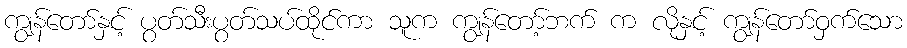
ကျွန်တော်နှင့် ပွတ်သီးပွတ်သပ်ထိုင်ကာ သူက ကျွန်တော့်ဘက် က လိုနှင့် ကျွန်တော်ဝှက်သော